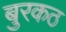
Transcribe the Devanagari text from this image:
बुरकठ